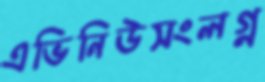
এভিনিউসংলগ্ন